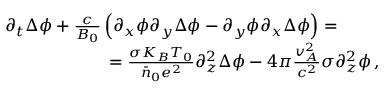
\begin{array} { r l } & { \partial _ { t } \Delta \phi + \frac { c } { B _ { 0 } } \left( \partial _ { x } \phi \partial _ { y } \Delta \phi - \partial _ { y } \phi \partial _ { x } \Delta \phi \right) = } \\ & { \qquad \qquad \qquad = \frac { \sigma K _ { B } T _ { 0 } } { \bar { n } _ { 0 } e ^ { 2 } } \partial _ { z } ^ { 2 } \Delta \phi - 4 \pi \frac { v _ { A } ^ { 2 } } { c ^ { 2 } } \sigma \partial _ { z } ^ { 2 } \phi \, , } \end{array}